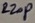
Text: 220P